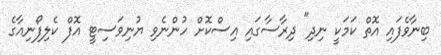
ބިނާވެފައި އޮތް ކަމަކީ ނިދި" ދިރާސާގައި އިސްކޮށް ހުންނެވި ޔުނިވަސިޓީ އޮފް ކެލިފޯނިއާގެ